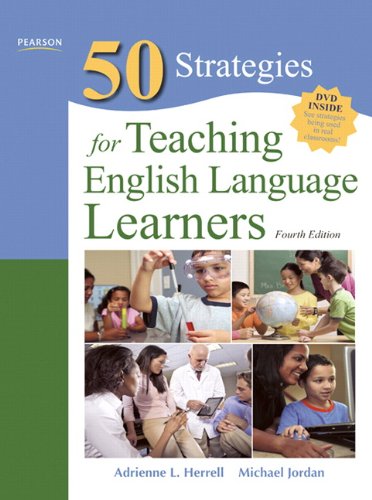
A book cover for Fifty Strategies for Teaching English Language Learners (4th Edition) (Teaching Strategies Series); Adrienne L. Herrell; Reference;